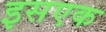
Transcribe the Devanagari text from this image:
इसएक